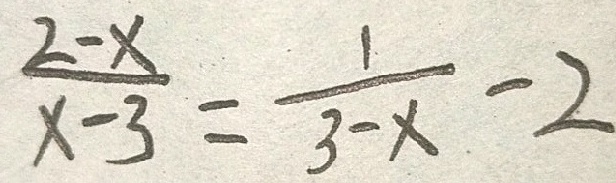
\frac { 2 - x } { x - 3 } = \frac { 1 } { 3 - x } - 2